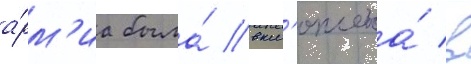
а́рм'иа была́ вкл'ючена́ в